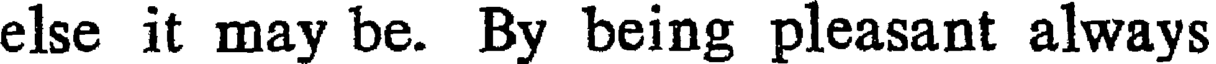
else it may be. By being pleasant always